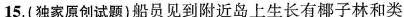
15.（独家原创试题）船员见到附近岛上生长有椰子林和类